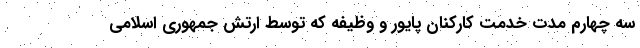
سه چهارم مدت خدمت کارکنان پایور و وظیفه که توسط ارتش جمهوری اسلامی